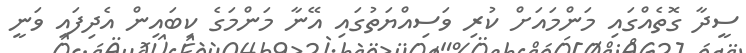
ސީދާ ގޮތެއްގައި މަންމައަށް ކުރި ވަސިއްޔަތުގައި އޭނާ މަންމަގެ ކިބައިން އެދިފައި ވަނީ